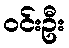
ဝင်းဦး